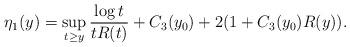
LaTeX: \begin{align*}\eta_1(y)=\sup_{t\ge y}\frac{\log t}{tR(t)}+C_3(y_0)+2(1+C_3(y_0)R(y)).\end{align*}